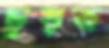
চুয়ত